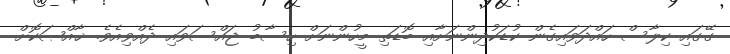
ގޭގައި ކިލާސް ހައްދަވައިގެން ކުޑަކުދިންނަށާއި ބޮޑަތި މީހުންނަށް ހިސާބު ޖައްސަވައި ދެއްވިއެވެ. ޚާއްޞަކޮށް